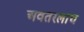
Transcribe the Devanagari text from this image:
अवतरलाच